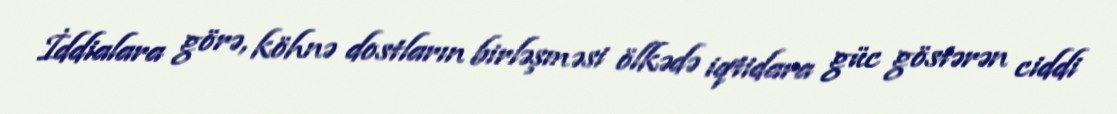
İddialara görə, köhnə dostların birləşməsi ölkədə iqtidara güc göstərən ciddi